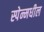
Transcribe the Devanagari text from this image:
स्पेन्मधील